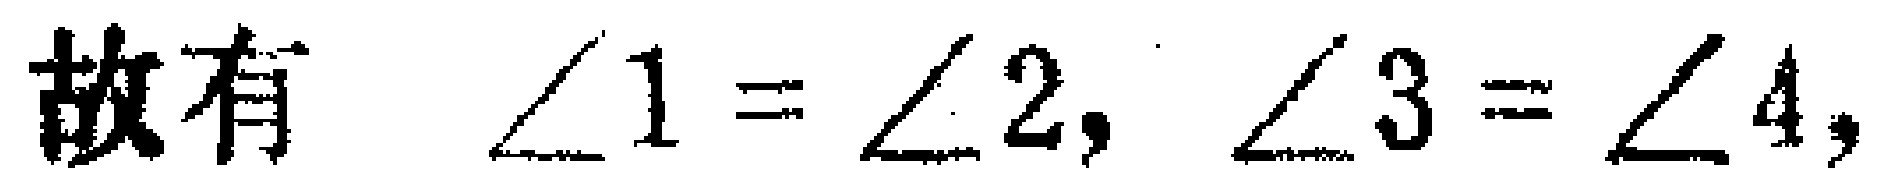
故有 $\angle 1 = \angle 2, \angle 3 = \angle 4,$